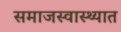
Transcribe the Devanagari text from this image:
समाजस्वास्थ्यात